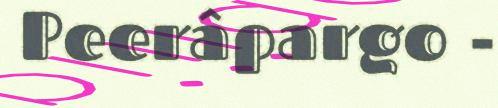
Peerâpargo -